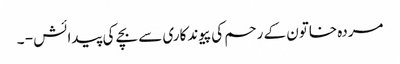
مردہ خاتون کے رحم کی پیوندکاری سے بچے کی پیدائش - ۔